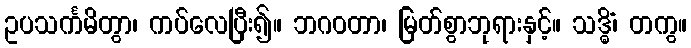
ဥပသင်္ကမိတွာ၊ ကပ်လေပြီး၍။ ဘဂဝတာ၊ မြတ်စွာဘုရားနှင့်။ သဒ္ဓိံ၊ တကွ။